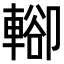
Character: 𨍖